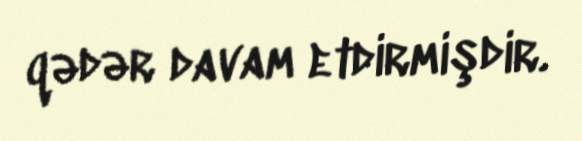
qədər davam etdirmişdir.